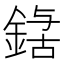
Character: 𮢃